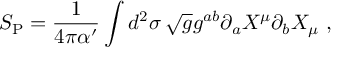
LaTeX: S _ { \mathrm { P } } = \frac { 1 } { 4 \pi \alpha ^ { \prime } } \int d ^ { 2 } \sigma \, \sqrt { g } g ^ { a b } \partial _ { a } X ^ { \mu } \partial _ { b } X _ { \mu } \ ,